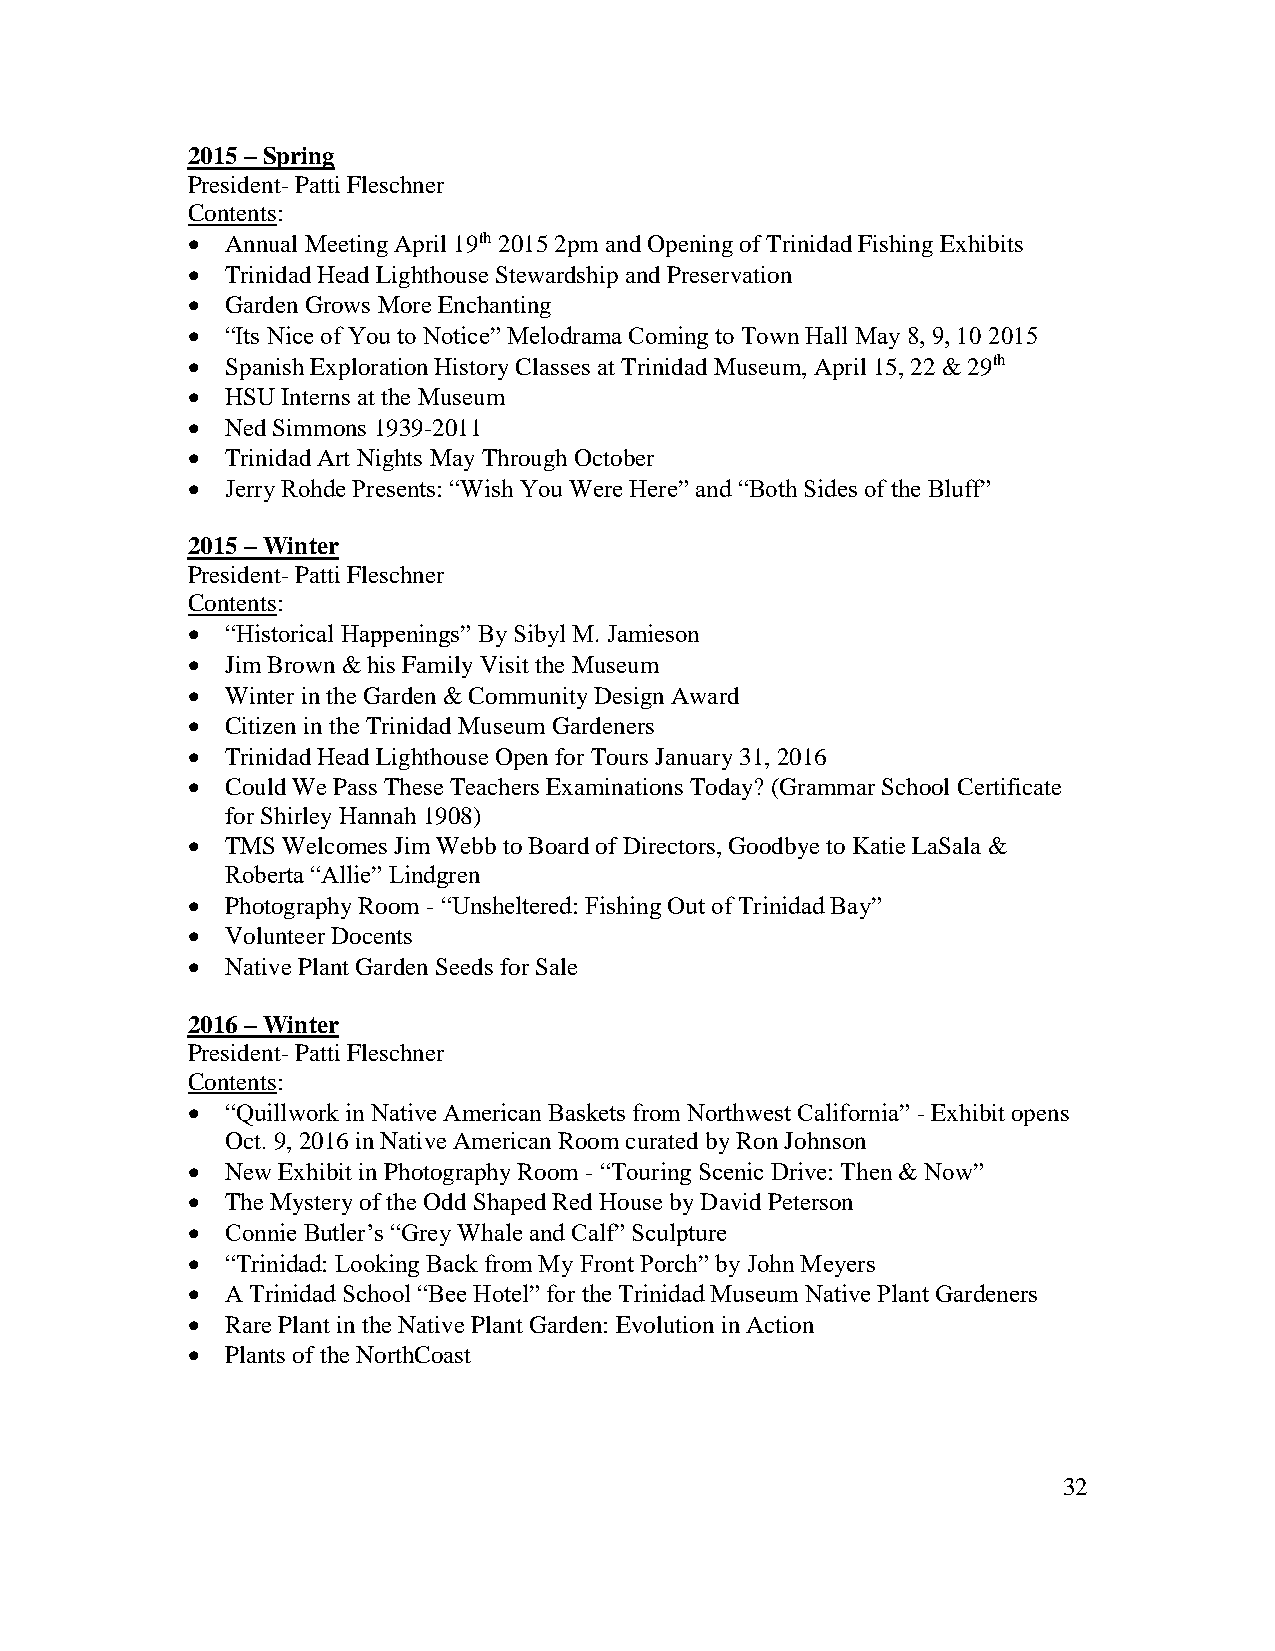
2015 – Spring
 President- Patti Fleschner
 Contents:
   Annual Meeting April 19th 2015 2pm and Opening of Trinidad Fishing Exhibits
   Trinidad Head Lighthouse Stewardship and Preservation
   Garden Grows More Enchanting
   “Its Nice of You to Notice” Melodrama Coming to Town Hall May 8, 9, 10 2015
   Spanish Exploration History Classes at Trinidad Museum, April 15, 22 & 29th
   HSU Interns at the Museum
   Ned Simmons 1939-2011
   Trinidad Art Nights May Through October
   Jerry Rohde Presents: “Wish You Were Here” and “Both Sides of the Bluff”
 2015 – Winter
 President- Patti Fleschner
 Contents:
   “Historical Happenings” By Sibyl M. Jamieson
   Jim Brown & his Family Visit the Museum
   Winter in the Garden & Community Design Award
   Citizen in the Trinidad Museum Gardeners
   Trinidad Head Lighthouse Open for Tours January 31, 2016
   Could We Pass These Teachers Examinations Today? (Grammar School Certificate
 for Shirley Hannah 1908)
   TMS Welcomes Jim Webb to Board of Directors, Goodbye to Katie LaSala &
 Roberta “Allie” Lindgren
   Photography Room - “Unsheltered: Fishing Out of Trinidad Bay”
   Volunteer Docents
   Native Plant Garden Seeds for Sale
 2016 – Winter
 President- Patti Fleschner
 Contents:
   “Quillwork in Native American Baskets from Northwest California” - Exhibit opens
 Oct. 9, 2016 in Native American Room curated by Ron Johnson
   New Exhibit in Photography Room - “Touring Scenic Drive: Then & Now”
   The Mystery of the Odd Shaped Red House by David Peterson
   Connie Butler’s “Grey Whale and Calf” Sculpture
   “Trinidad: Looking Back from My Front Porch” by John Meyers
   A Trinidad School “Bee Hotel” for the Trinidad Museum Native Plant Gardeners
   Rare Plant in the Native Plant Garden: Evolution in Action
   Plants of the NorthCoast
 32